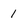
Character: 1